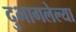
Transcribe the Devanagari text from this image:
दुभागलेल्या